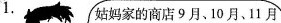
1. 姑妈家的商店9月、10月、11月